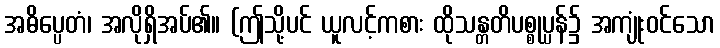
အဓိပ္ပေတံ၊ အလိုရှိအပ်၏။ (ဤသို့ပင် ယူလင့်ကစား ထိုသန္တတိပစ္စုပ္ပန်၌ အကျုံးဝင်သော